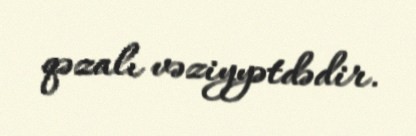
qəzalı vəziyyətdədir.